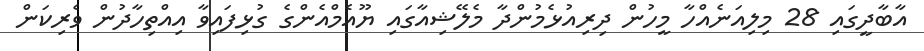
އާބާދީގައި 28 މިލިއަނެއްހާ މީހުން ދިރިއުޅެމުންދާ މެލޭޝިއާގައި ޔޫއެމްއެންގެ ގުޅިފައިވާ އިއްތިހާދުން ވެރިކަން